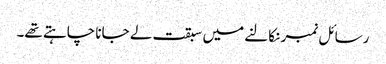
رسائل نمبر نکالنے میں سبقت لے جانا چاہتے تھے۔